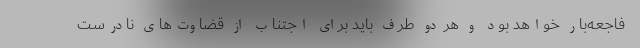
فاجعه‌بار خواهد بود و هر دو طرف باید برای اجتناب از قضاوت‌های نادرست